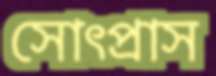
সোৎপ্রাস